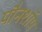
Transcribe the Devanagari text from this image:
पौनशॉप